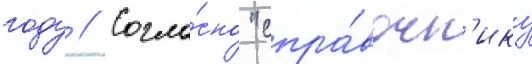
году // Согла́сно "спра́вочн'ику